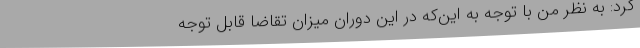
کرد: به نظر من با توجه به این‌که در این دوران میزان تقاضا قابل توجه